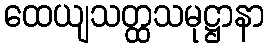
ထေယျသတ္ထသမုဋ္ဌာနာ